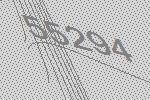
55294